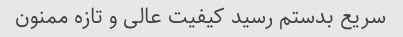
سریع بدستم رسید کیفیت عالی و تازه ممنون